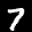
Label: 7